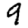
Digit: 9